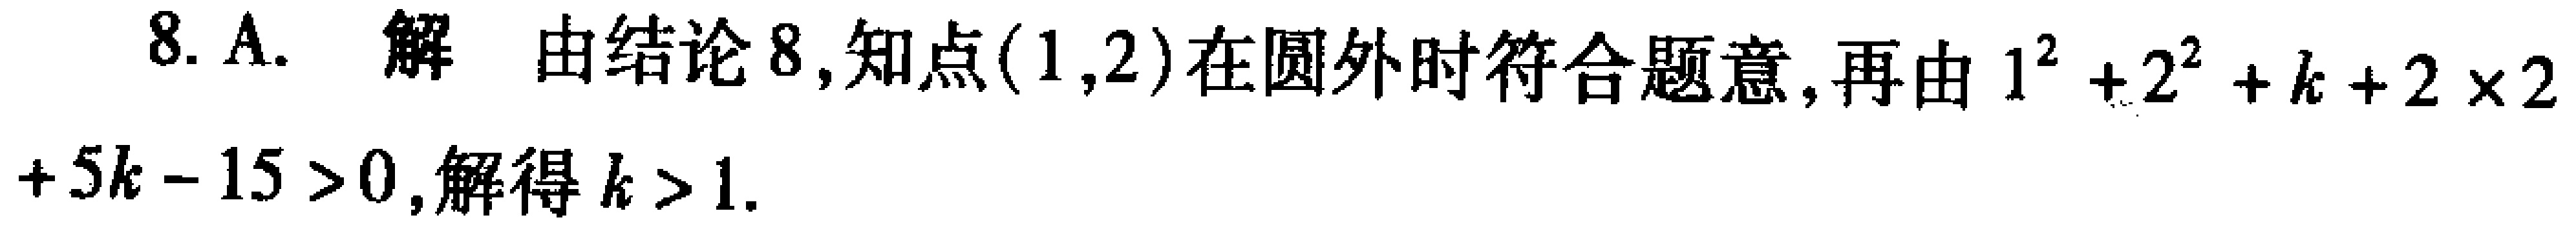
8. A. 解 由结论8,知点$(1,2)$在圆外时符合题意,再由$1^{2}+2^{2}+k + 2\times2+5k - 15>0$,解得$k > 1$.